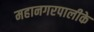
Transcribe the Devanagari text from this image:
महानगरपालीके